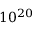
1 0 ^ { 2 0 }